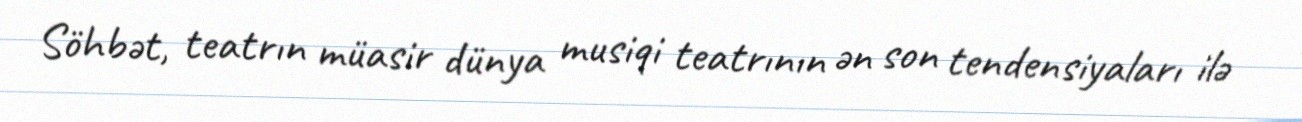
Söhbət, teatrın müasir dünya musiqi teatrının ən son tendensiyaları ilə